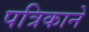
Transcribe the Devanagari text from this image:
पत्रिकाने